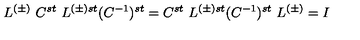
L ^ { ( \pm ) } \ C ^ { s t } \ L ^ { ( \pm ) s t } ( C ^ { - 1 } ) ^ { s t } = C ^ { s t } \ L ^ { ( \pm ) s t } ( C ^ { - 1 } ) ^ { s t } \ L ^ { ( \pm ) } = I